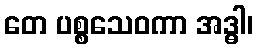
တေ ပစ္စသေဝကာ အဒ္ဓါ၊